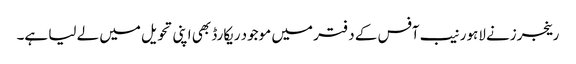
رینجرزنے لاہور نیب آفس کے دفتر میں موجود ریکارڈ بھی اپنی تحویل میں لے لیا ہے۔